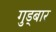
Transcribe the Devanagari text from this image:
गुड्बार